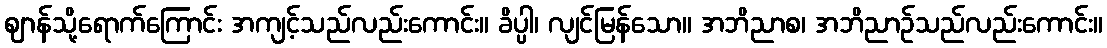
ဈာန်သို့ရောက်ကြောင်း အကျင့်သည်လည်းကောင်း။ ခိပ္ပါ၊ လျင်မြန်သော။ အဘိညာစ၊ အဘိညာဉ်သည်လည်းကောင်း။